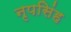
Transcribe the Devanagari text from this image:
नृपसिंह